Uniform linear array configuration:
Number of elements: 64
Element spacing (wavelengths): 0.5
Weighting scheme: blackman
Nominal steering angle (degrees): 30
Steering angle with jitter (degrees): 29.583
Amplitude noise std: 0.05
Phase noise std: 0.05

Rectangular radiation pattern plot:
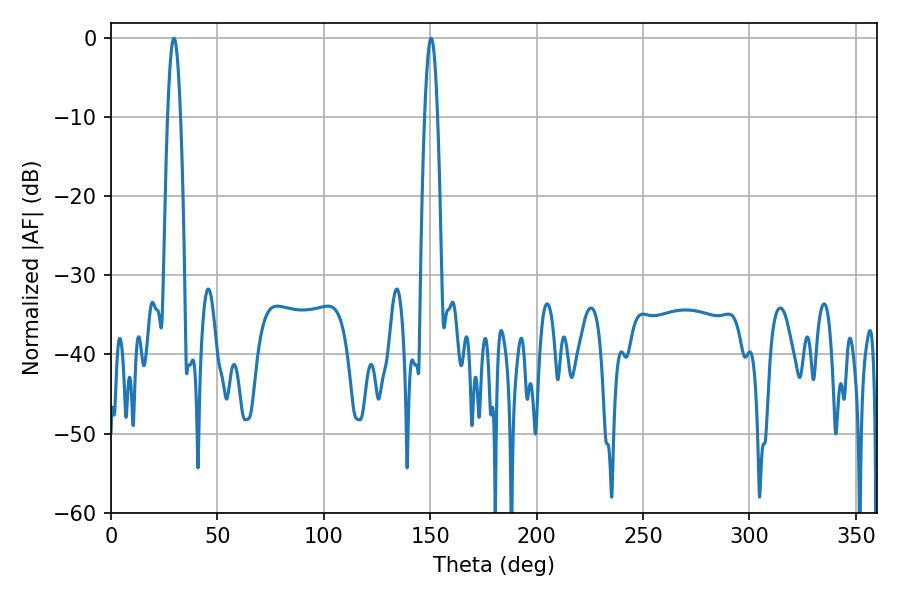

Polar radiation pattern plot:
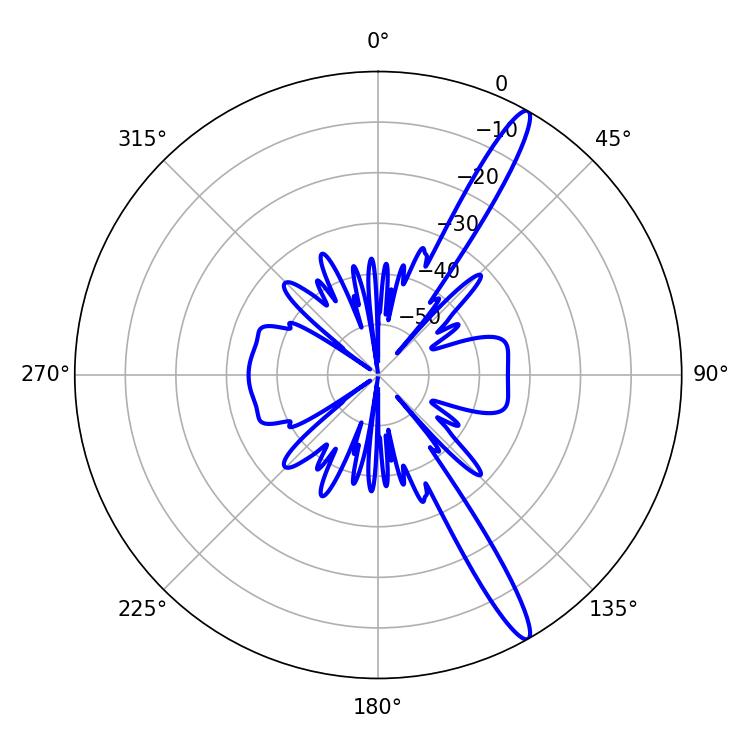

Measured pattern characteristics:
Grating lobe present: FALSE
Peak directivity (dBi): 15.045
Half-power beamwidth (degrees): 3.24
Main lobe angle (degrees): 150.48